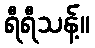
ရီရီသန့်။